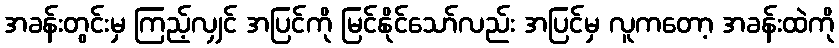
အခန်းတွင်းမှ ကြည့်လျှင် အပြင်ကို မြင်နိုင်သော်လည်း အပြင်မှ လူကတော့ အခန်းထဲကို